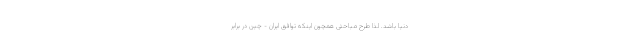
دنیا باشد. لذا طرح مباحثی همچون اینکه توافق ایران - چین در برابر